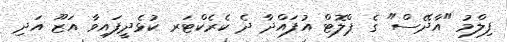
ފިލްމު "އާދޭސް" ގެ ޕްލޮޓް އުފައްދާ ދެ ކެރެކްޓަރ ކުޅެދީފައިވާ އަޒޫ އަދި